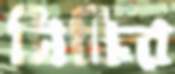
সিন্ধির